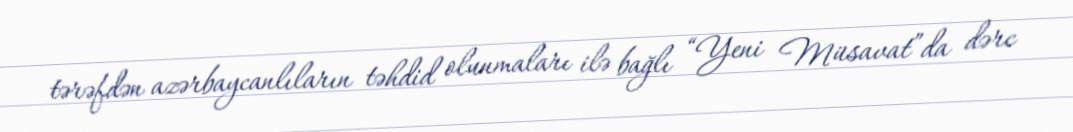
tərəfdən azərbaycanlıların təhdid olunmaları ilə bağlı “Yeni Müsavat”da dərc